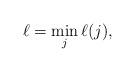
LaTeX: \begin{align*} \ell=\min_j \ell(j),\end{align*}